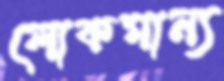
লোকমান্য